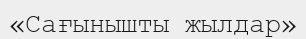
«Сағынышты жылдар»